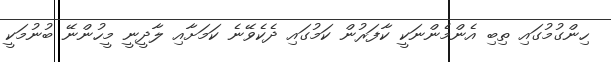
ހިންގުމުގައި ތިބި އެންމެންނަކީ ކާފަރުން ކަމުގައި ދެކެވޭނެ ކަމަށާއި ލާދީނީ މީހުންނޭ ބުނުމަކީ